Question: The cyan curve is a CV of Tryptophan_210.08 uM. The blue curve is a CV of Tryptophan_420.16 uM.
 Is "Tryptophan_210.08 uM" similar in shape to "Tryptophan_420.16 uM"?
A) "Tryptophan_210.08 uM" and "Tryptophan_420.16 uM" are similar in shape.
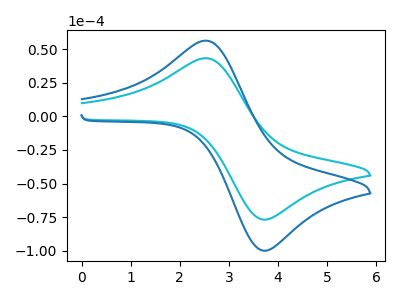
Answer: <think>The cyan curve "Tryptophan_210.08 uM" has an anodic peak at (2.55V, 43.25uA) and a cathodic peak at (3.65V, -76.55uA). The blue curve "Tryptophan_420.16 uM" has an anodic peak at (2.55V, 56.30uA) and a cathodic peak at (3.65V, -99.60uA).
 All the peaks in "Tryptophan_210.08 uM" have a peak in "Tryptophan_420.16 uM" at the same potential. Every peak in "Tryptophan_210.08 uM" is lower than every peak in "Tryptophan_420.16 uM".</think>
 <answer>A) "Tryptophan_210.08 uM" and "Tryptophan_420.16 uM" are similar in shape.</answer>
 <eval>A</eval>